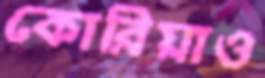
কোরিয়াও